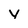
Character: v